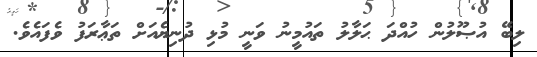
ލިބޭ އުޞޫލުން ހުއްދަ ޙަލާލު ތައުމީނު ވަނީ މުޅި ދުނިޔެއަށް ތަޢާރަފު ވެފައެވެ.